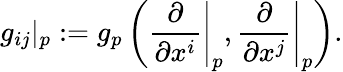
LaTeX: g_{ij}|_{p}:=g_{p}\left(\left.{\frac{\partial}{\partial x^{i}}}\right|_{p},\left.{\frac{\partial}{\partial x^{j}}}\right|_{p}\right).